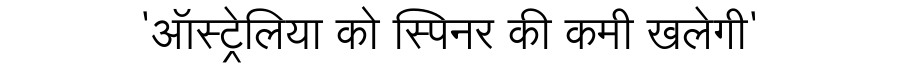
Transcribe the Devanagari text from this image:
'ऑस्ट्रेलिया को स्पिनर की कमी खलेगी'